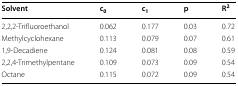
<table><thead><tr><td><b>Solvent</b></td><td><b>c<sub>0</sub></b></td><td><b>c<sub>1</sub></b></td><td><b>p</b></td><td><b>R<sup>2</sup></b></td></tr></thead><tbody><tr><td>2,2,2-Trifluoroethanol</td><td>0.062</td><td>0.177</td><td>0.03</td><td>0.72</td></tr><tr><td>Methylcyclohexane</td><td>0.113</td><td>0.079</td><td>0.07</td><td>0.61</td></tr><tr><td>1,9-Decadiene</td><td>0.124</td><td>0.081</td><td>0.08</td><td>0.59</td></tr><tr><td>2,2,4-Trimethylpentane</td><td>0.109</td><td>0.073</td><td>0.09</td><td>0.54</td></tr><tr><td>Octane</td><td>0.115</td><td>0.072</td><td>0.09</td><td>0.54</td></tr></tbody></table>